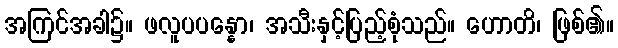
အကြင်အခါ၌။ ဖလူပပန္နော၊ အသီးနှင့်ပြည့်စုံသည်။ ဟောတိ၊ ဖြစ်၏။